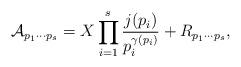
LaTeX: \begin{align*} \mathcal{A}_{p_1\cdots p_s} = X \prod_{i=1}^s\frac{j(p_i)}{p_i^{\gamma(p_i)}} + R_{p_1\cdots p_s}, \end{align*}